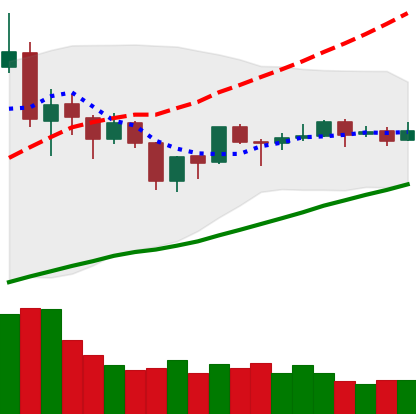
Ticker: TRX-USD
Chart end date: 2019-06-21
Forward return: 9.408%
Label: up_7plus